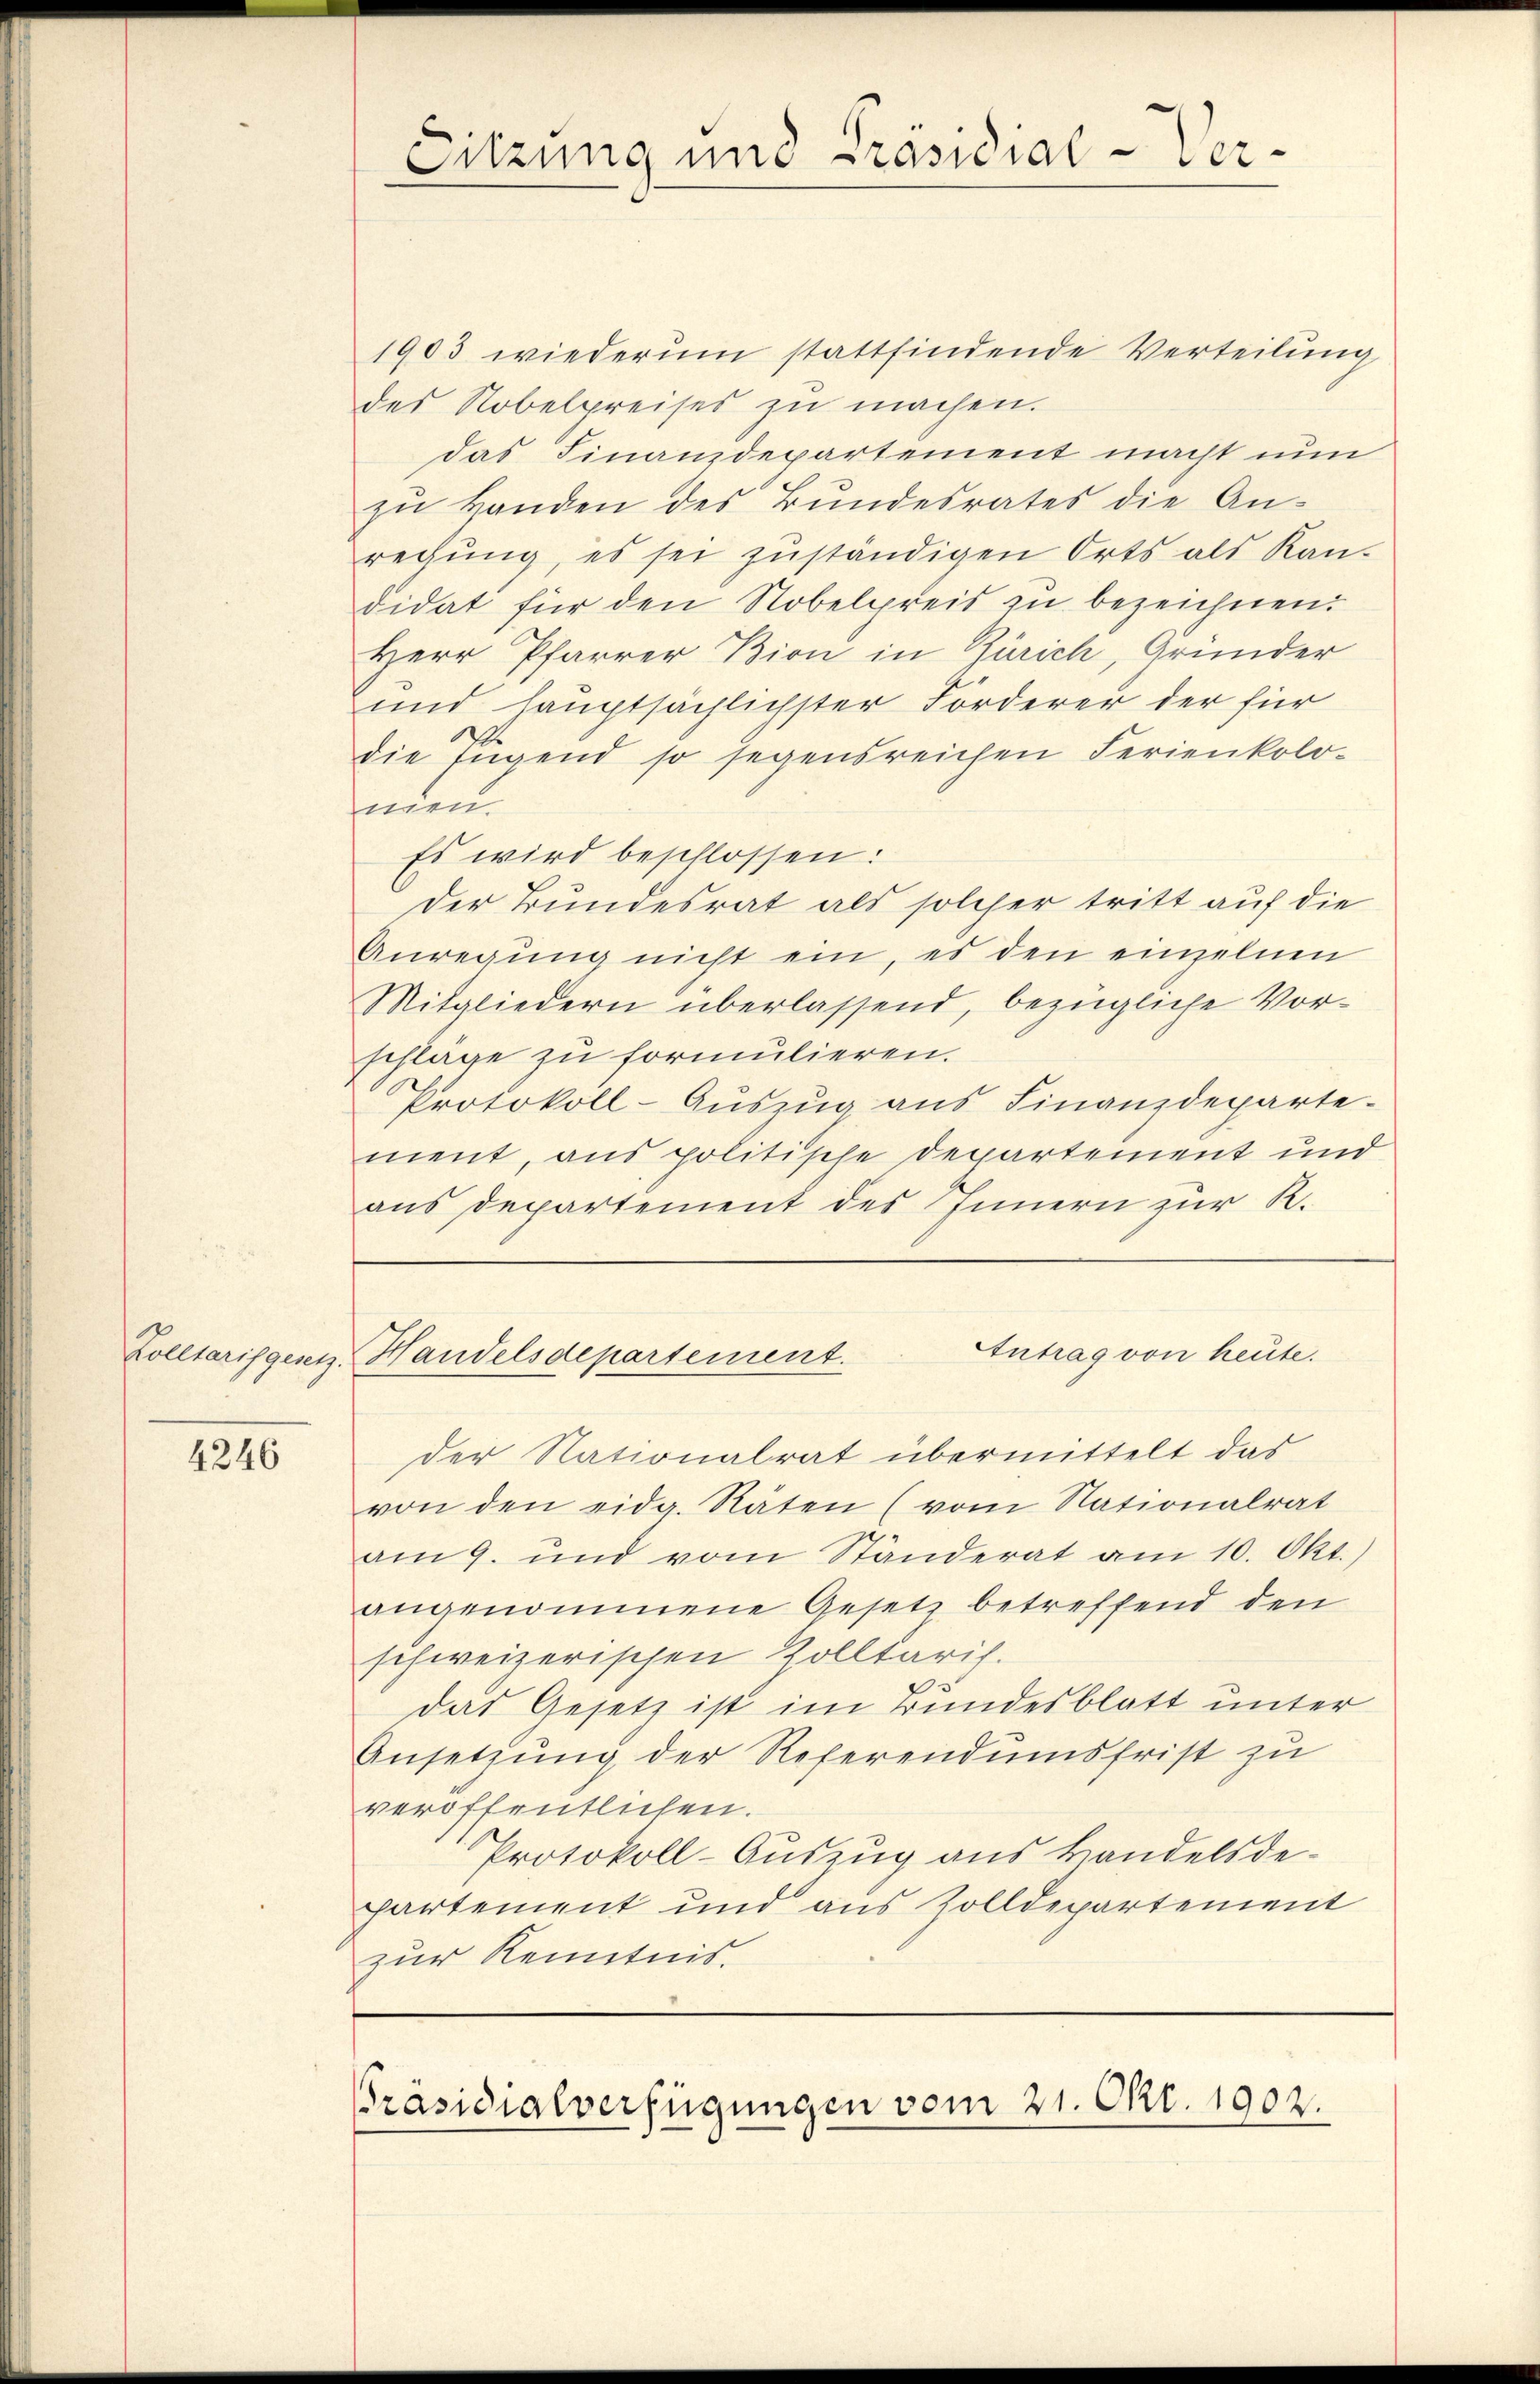
4246

der Nationalrat übermittelt das
von den eidg. Räten (vom Nationalrat
am 9. und vom Ständerat am 10. Okt.)
angenommene Gesetz betreffend den
schweizerischen Zolltaris.
das Gesetz ist im Bundesblatt unter
Ansetzung der Referendumsfrist zu
veröffentlichen.
Protokoll-Auszug aus Handelsde-
partement und aus solldepartement
zur Kenntnis.

Sitzung und Präsidial-Ver-
¬

1903 wiederum stattfindende Verteilŭng
des Nobelpreises zu machen.
das Finanzdepartement macht nun
zŭ Handen des Bundesrates die An-
rechŭng, es sei zŭständigen Orts als Kan-
didat für den Nobelpreis zu bezeichnen.
Herr Pfarrer Bion in Zürich, Gründer
und hauptsächlichster Förderer der für
die Jugend so segensreichen Ferienkolo-
men.
Es wird beschlossen:
Der Bundesrat als solcher tritt auf die
Anregung nicht ein, es den einzelnen
Mitgliedern überlassend, bezügliche Vorschlage zu formulieren.
Protokoll-Aŭszŭg aŭs Finanzdeparte-
ment, aus politische Departement und
aus Departement des Innern zur R.

Antrag von heute.
Zolltariggesen, Handelsdepartement.

Präsidialverfügungen vom 21. Okt. 1902.